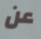
عن